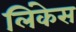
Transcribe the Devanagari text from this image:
लिंकेस